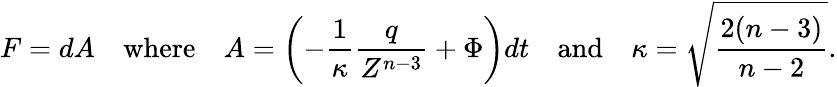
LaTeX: F=dA\quad\textrm{where}\quad A=\left(-\frac{1}{\kappa}\frac{q}{Z^{n-3}}+\Phi\right)dt\quad\textrm{and}\quad\kappa=\sqrt{\frac{2(n-3)}{n-2}}.